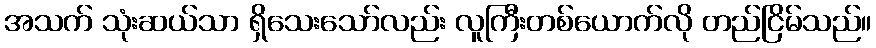
အသက် သုံးဆယ်သာ ရှိသေးသော်လည်း လူကြီးတစ်ယောက်လို တည်ငြိမ်သည်။